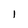
Character: 1